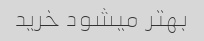
بهتر میشود خرید